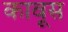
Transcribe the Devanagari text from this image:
कावूस